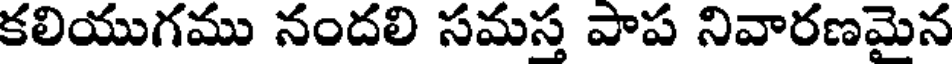
కలియుగము నందలి సమస్త పాప నివారణమైన